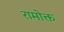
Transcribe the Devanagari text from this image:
रामोक्त